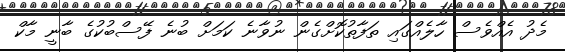
މެދު އެއްވެސް ހާލެއްގައި ތަފާތުކޮށްގެން ނުވާނެ ކަމަށް ބުނެ ފޭސްބުކުގެ ބާނީ މާކް